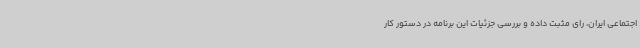
اجتماعی ایران، رای مثبت داده و بررسی جزئیات این برنامه در دستور کار